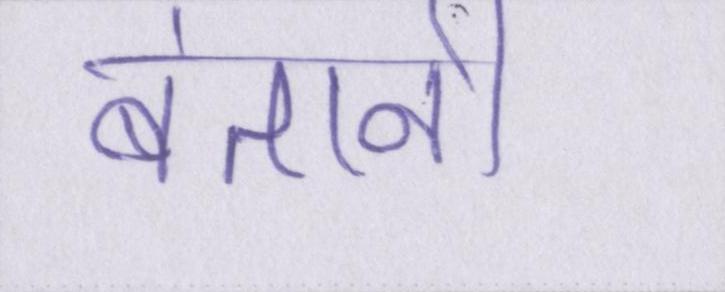
बंतानी